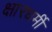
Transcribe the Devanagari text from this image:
क्षारधर्मी